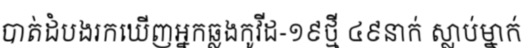
បាត់ដំបងរកឃើញអ្នកឆ្លងកូវីដ-១៩ថ្មី ៤៩នាក់ ស្លាប់ម្នាក់